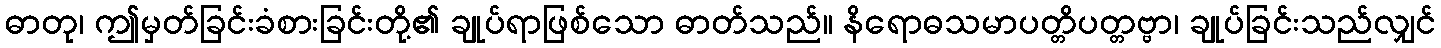
ဓာတု၊ ဤမှတ်ခြင်းခံစားခြင်းတို့၏ ချုပ်ရာဖြစ်သော ဓာတ်သည်။ နိရောဓသမာပတ္တိပတ္တဗ္ဗာ၊ ချုပ်ခြင်းသည်လျှင်